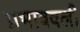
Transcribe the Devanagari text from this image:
प्रभाववली